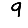
Digit: 9